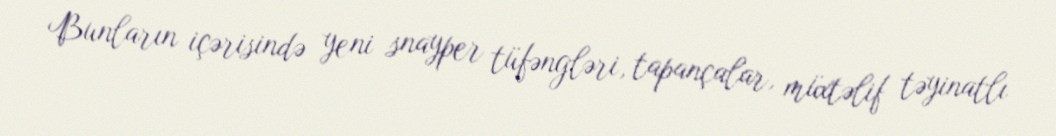
Bunların içərisində yeni snayper tüfəngləri, tapançalar, müxtəlif təyinatlı